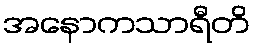
အနောကသာရီတိ